Civil Veterinary Dept. Bombay admin report 1900-1906 - 1900-1906
Year: 1900
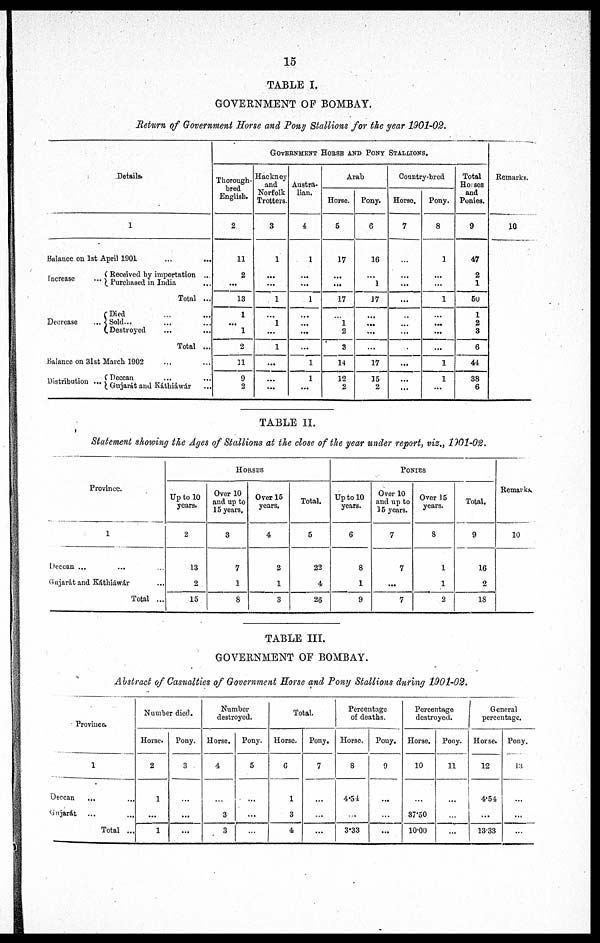
15
TABLE I.
GOVERNMENT OF BOMBAY.
Return of Government Horse and Pony Stallions for the year 1901-02.
Details.
1
Balance on 1st April 1901 ... ...
Increase ...
Decrease
...
Received by importation ...
Purchased in India ...
Total ...
Died ... ...
Sold ... ... ...
Destroyed ... ...
Total ...
Balance on 31st March 1902 ... ...
Distribution ... Deccan ... ...
Gujarat and Káthiáwár ...
GOVERNMENT HORSE AND PONY STALLIONS.
Thorough-
bred
English.
2
11
2
...
13
1
...
1
2
31
9
2
Hackney
and
Norfolk
Trotters.
3
1
...
...
1
...
1
...
1
...
...
...
Austra-
lian.
4
1
...
...
1
...
...
...
...
1
1
...
Arab
Horse.
5
17
...
...
17
...
1
2
3
14
12
2
Pony.
6
16
...
1
17
...
...
...
...
17
15
2
Country-bred
Horse.
7
...
...
...
...
...
...
...
...
...
...
...
Pony.
8
1
...
...
1
...
...
...
...
1
1
...
Total
Hoses
and
Ponies.
9
47
2
1
50
1
2
3
6
44
38
6
Remarks.
10
TABLE II.
Statement showing the Ages of Stallions at the close of the year under report, viz., 1901-02.
Province.
1
Deccan ... ... ...
Gujarát and Káthiáwár ...
Total ...
HORSES
Up to 10
years.
2
13
2
15
Over 10
and up to
15 years.
3
7
1
8
Over 15
years.
4
2
1
3
Total.
5
22
4
26
PONIES
Up to 10
years.
6
8
1
9
Over 10
and up to
15 years.
7
7
...
7
Over 15
years.
8
1
1
2
Total.
9
16
2
18
Remarks
10
TABLE III.
GOVERNMENT OF BOMBAY.
Abstract of Casualties of Government Horse and Pony Stallions during 1901-02.
Province.
1
Deccan ... ...
Gujarát
...
...
Total ...
Number died.
Horse.
2
1
...
1
Pony.
3
...
...
...
Number
destroyed.
Horse.
4
...
3
3
Pony.
5
...
...
...
Total.
Horse.
6
1
3
4
Pony.
7
...
...
...
Percentage
of deaths.
Horse.
8
4.54
...
3.33
Pony.
9
...
...
...
Percentage
destroyed.
Horse.
10
...
37.50
10.00
Pony.
11
...
...
...
General
percentage.
Horse.
12
4.54
...
13.33
Pony.
13
...
...
...